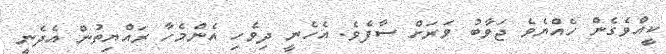
ކީއްވެގެން ހެއްޔެވެ ޖަވާބު ވަރަށް ސާފެވެ. އެހެނީ ދިވެހި އެންމެހާ ރައްޔިތުން އެދެނީ